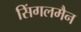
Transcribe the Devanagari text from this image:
सिंगलमैन